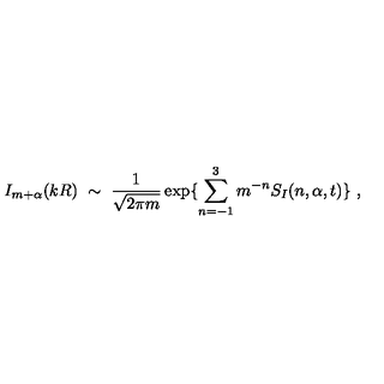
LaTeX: I _ { m + \alpha } ( k R ) \ \sim \ \frac { 1 } { \sqrt { 2 \pi m } } \exp \{ \sum _ { n = - 1 } ^ { 3 } m ^ { - n } S _ { I } ( n , \alpha , t ) \} \ ,